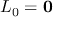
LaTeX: L _ { 0 } = \mathbf { 0 }